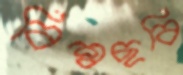
বিশ্বছবি